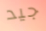
جيد